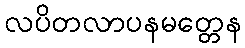
လပိတလာပနမတ္တေန